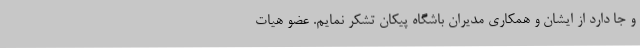
و جا دارد از ایشان و همکاری مدیران باشگاه پیکان تشکر نمایم. عضو هیات